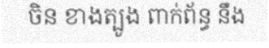
ចិន ខាងត្បូង ពាក់ព័ន្ធ នឹង